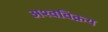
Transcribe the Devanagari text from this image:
अश्वविक्रय